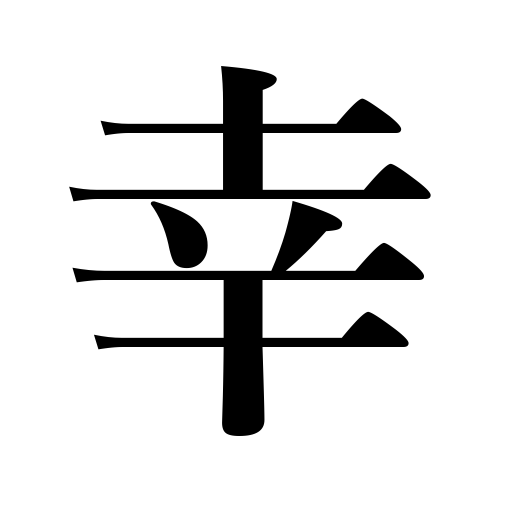
Meanings: mercy,happiness,fortune,blessing,good fortune